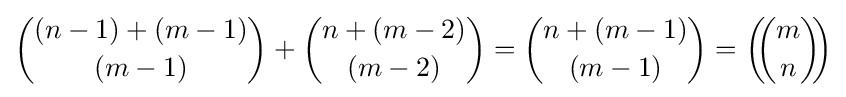
{(n-1)+(m-1) \choose (m-1)}+{n+(m-2) \choose (m-2)}={n+(m-1) \choose (m-1)}=\left(\!\!{\binom {m}{n}}\!\!\right)